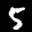
Label: 5